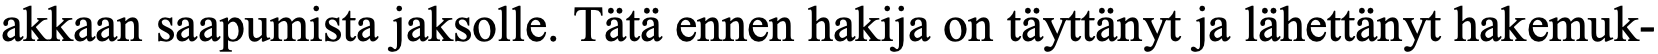
akkaan saapumista jaksolle. Tätä ennen hakija on täyttänyt ja lähettänyt hakemuk-